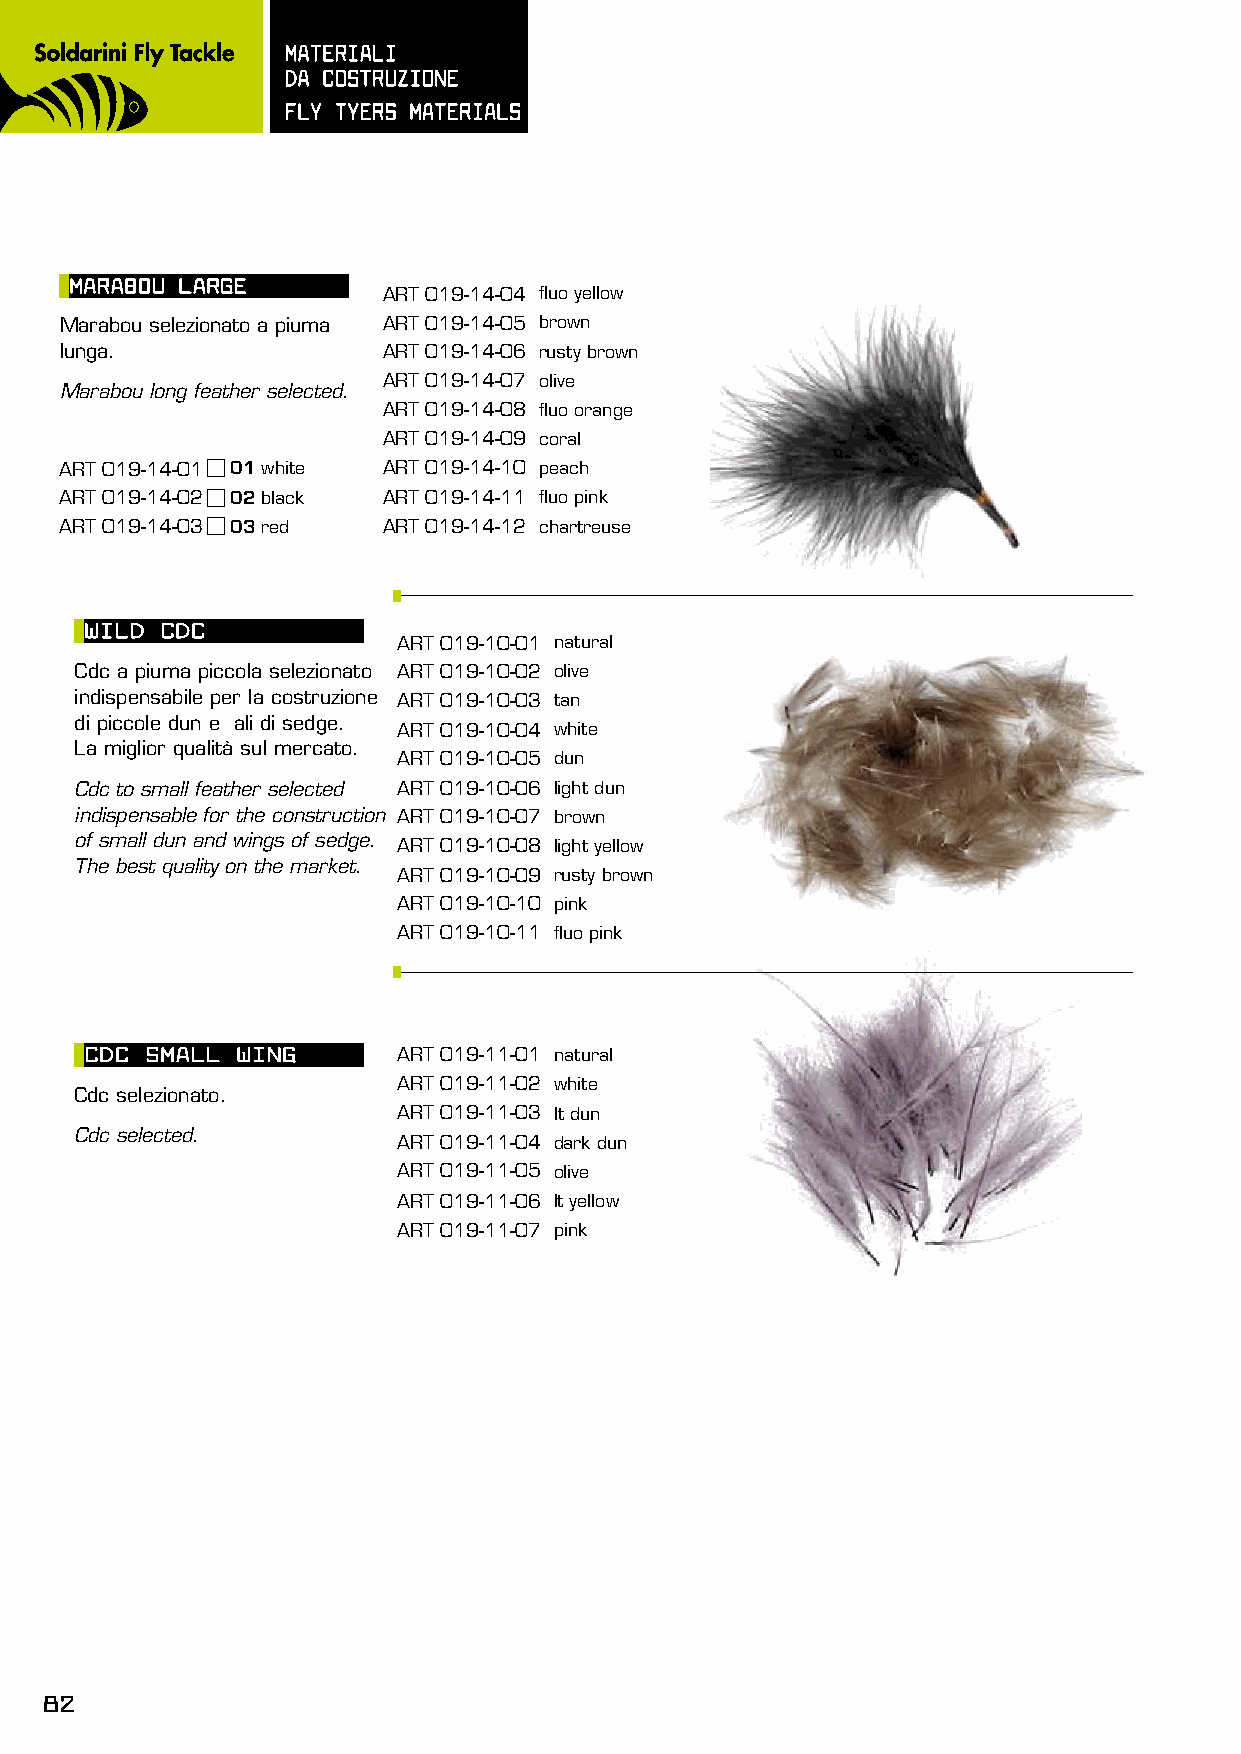
mATERIALI
 dA COsTRUzIOnE
 FLy TyERs mATERIALs
 mARABOU LARGE
 ART 019-14-04 fluo yellow
 Marabou selezionato a piuma ART 019-14-05 brown
 lunga.               ART 019-14-06 rusty brown
 ART 019-14-07 olive
 Marabou long feather selected.
 ART 019-14-08 fluo orange
 ART 019-14-09 coral
 ART 019-14-01 01 white ART 019-14-10 peach
 ART 019-14-02 02 black ART 019-14-11 fluo pink
 ART 019-14-03 03 red ART 019-14-12 chartreuse
 WILd CdC
 ART 019-10-01 natural
 Cdc a piuma piccola selezionato ART 019-10-02 olive
 indispensabile per la costruzione ART 019-10-03 tan
 di piccole dun e ali di sedge.
 ART 019-10-04 white
 La miglior qualità sul mercato.
 ART 019-10-05 dun
 Cdc to small feather selected ART 019-10-06 light dun
 indispensable for the construction ART 019-10-07 brown
 of small dun and wings of sedge. ART 019-10-08 light yellow
 The best quality on the market.
 ART 019-10-09 rusty brown
 ART 019-10-10 pink
 ART 019-10-11 fluo pink
 CdC smALL WInG      ART 019-11-01 natural
 ART 019-11-02 white
 Cdc selezionato.
 ART 019-11-03 lt dun
 Cdc selected.
 ART 019-11-04 dark dun
 ART 019-11-05 olive
 ART 019-11-06 lt yellow
 ART 019-11-07 pink
 82